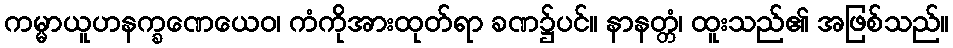
ကမ္မာယူဟနက္ခဏေယေဝ၊ ကံကိုအားထုတ်ရာ ခဏ၌ပင်။ နာနတ္တံ၊ ထူးသည်၏ အဖြစ်သည်။